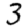
Digit: 3